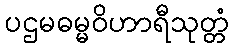
ပဌမဓမ္မဝိဟာရီသုတ္တံ